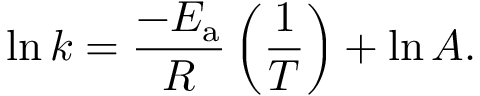
\ln k = { \frac { - E _ { \mathrm { { a } } } } { R } } \left( { \frac { 1 } { T } } \right) + \ln A .